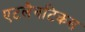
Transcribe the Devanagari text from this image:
एटलैनटिकस